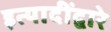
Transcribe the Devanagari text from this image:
इत्यादींद्वारे